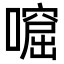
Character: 𡀙